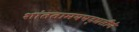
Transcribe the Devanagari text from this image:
शांततामयपद्धतीने